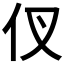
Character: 𮯷